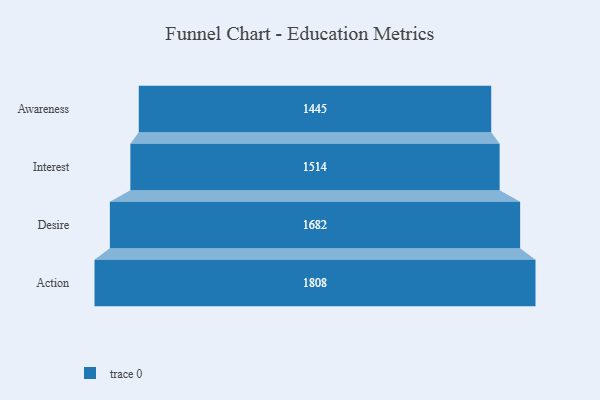
{"axis": {"x": "Stage", "y": "Value"}, "legend": [""], "data": [{"x": "Awareness", "y": 1445.0, "type": ""}, {"x": "Interest", "y": 1514.0, "type": ""}, {"x": "Desire", "y": 1682.0, "type": ""}, {"x": "Action", "y": 1808.0, "type": ""}]}